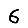
Digit: 6